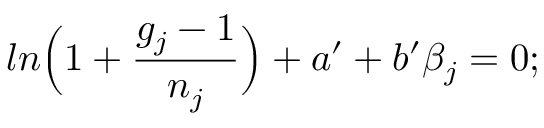
l n \Big ( 1 + \frac { g _ { j } - 1 } { n _ { j } } \Big ) + a ^ { \prime } + b ^ { \prime } \beta _ { j } = 0 ;